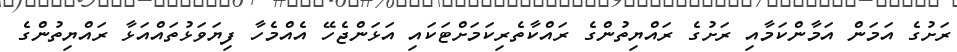
ރަށުގެ އަމަން އަމާންކަމާއި ރަށުގެ ރައްޔިތުންގެ ރައްކާތެރިކަމަށްޓަކައި އަޅަންޖެހޭ އެއްމެހާ ފިޔަވަޅުތައްއަޅާ ރައްޔިތުންގެ